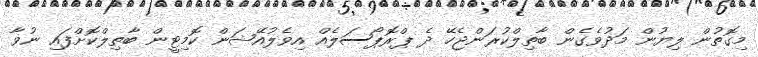
މިގޮތުން ލިޔުން މަދުވެގެން ބާތިލްކުރަންޖެހޭ ދެ ޕްރޮޕޯސަލެއް އިވެލުއޭޝަން ކޮމިޓީން ބާތިލްކޮށްފައި ނުވާ